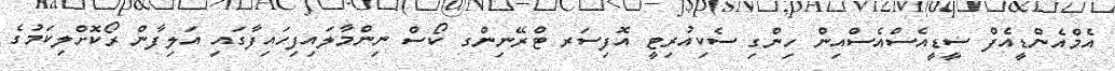
އެމްއެންޑީއެފް ސީޑީއެސްއެސްއިން ހިންގި ސެކިއުރިޓީ އޮފިސަރ ޓްރޭނިންގ ކޯސް ނިންމާލައިފިހައިފާގައި އަލިފާން ރޯކޮށްލިކަމުގެ